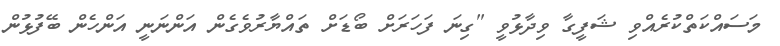
މަސައްކަތްކުރެއްވި ޝަފީގާ ވިދާޅުވީ "ގިނަ ފަހަރަށް ބޯޑަށް ތައްޔާރުވެގެން އަންނަނީ އަންހެން ބޭފުޅުން